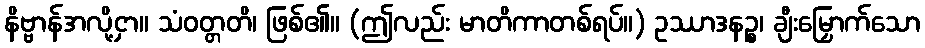
နိဗ္ဗာန်အလို့ငှာ။ သံဝတ္တတိ၊ ဖြစ်၏။ (ဤလည်း မာတိကာတစ်ရပ်။) ဥဿာဒနဉ္စ၊ ချီးမြှောက်သော